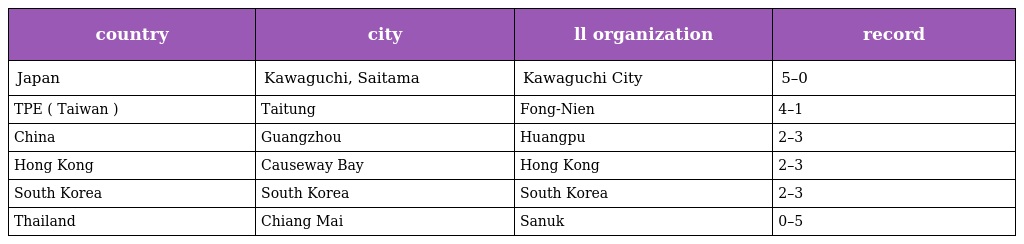
| country | city | ll organization | record |
 | --- | --- | --- | --- |
 | Japan | Kawaguchi, Saitama | Kawaguchi City | 5–0 |
 | TPE ( Taiwan ) | Taitung | Fong-Nien | 4–1 |
 | China | Guangzhou | Huangpu | 2–3 |
 | Hong Kong | Causeway Bay | Hong Kong | 2–3 |
 | South Korea | South Korea | South Korea | 2–3 |
 | Thailand | Chiang Mai | Sanuk | 0–5 |